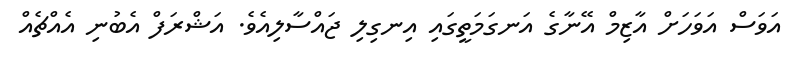
އަވަސް އަވަހަށް އާޒިމް އޭނާގެ އަނގަމަތީގައި އިނގިލި ޖައްސާލިއެވެ. އަޝްރަފް އެބުނި އެއްޗެއް